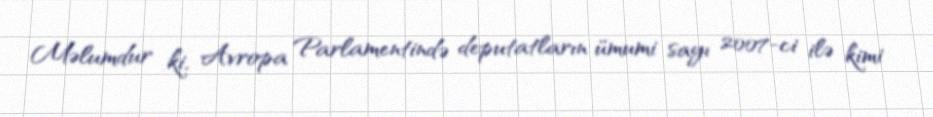
Məlumdur ki, Avropa Parlamentində deputatların ümumi sayı 2007-ci ilə kimi